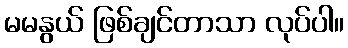
မမနွယ် ဖြစ်ချင်တာသာ လုပ်ပါ။